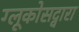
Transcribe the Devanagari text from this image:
ग्लूकोसद्वारा